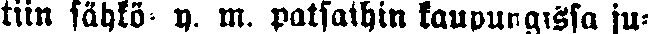
tim sähkö y. m. patsaihin kaupungissa ju-